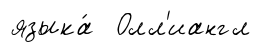
языка́ Олл'иангл